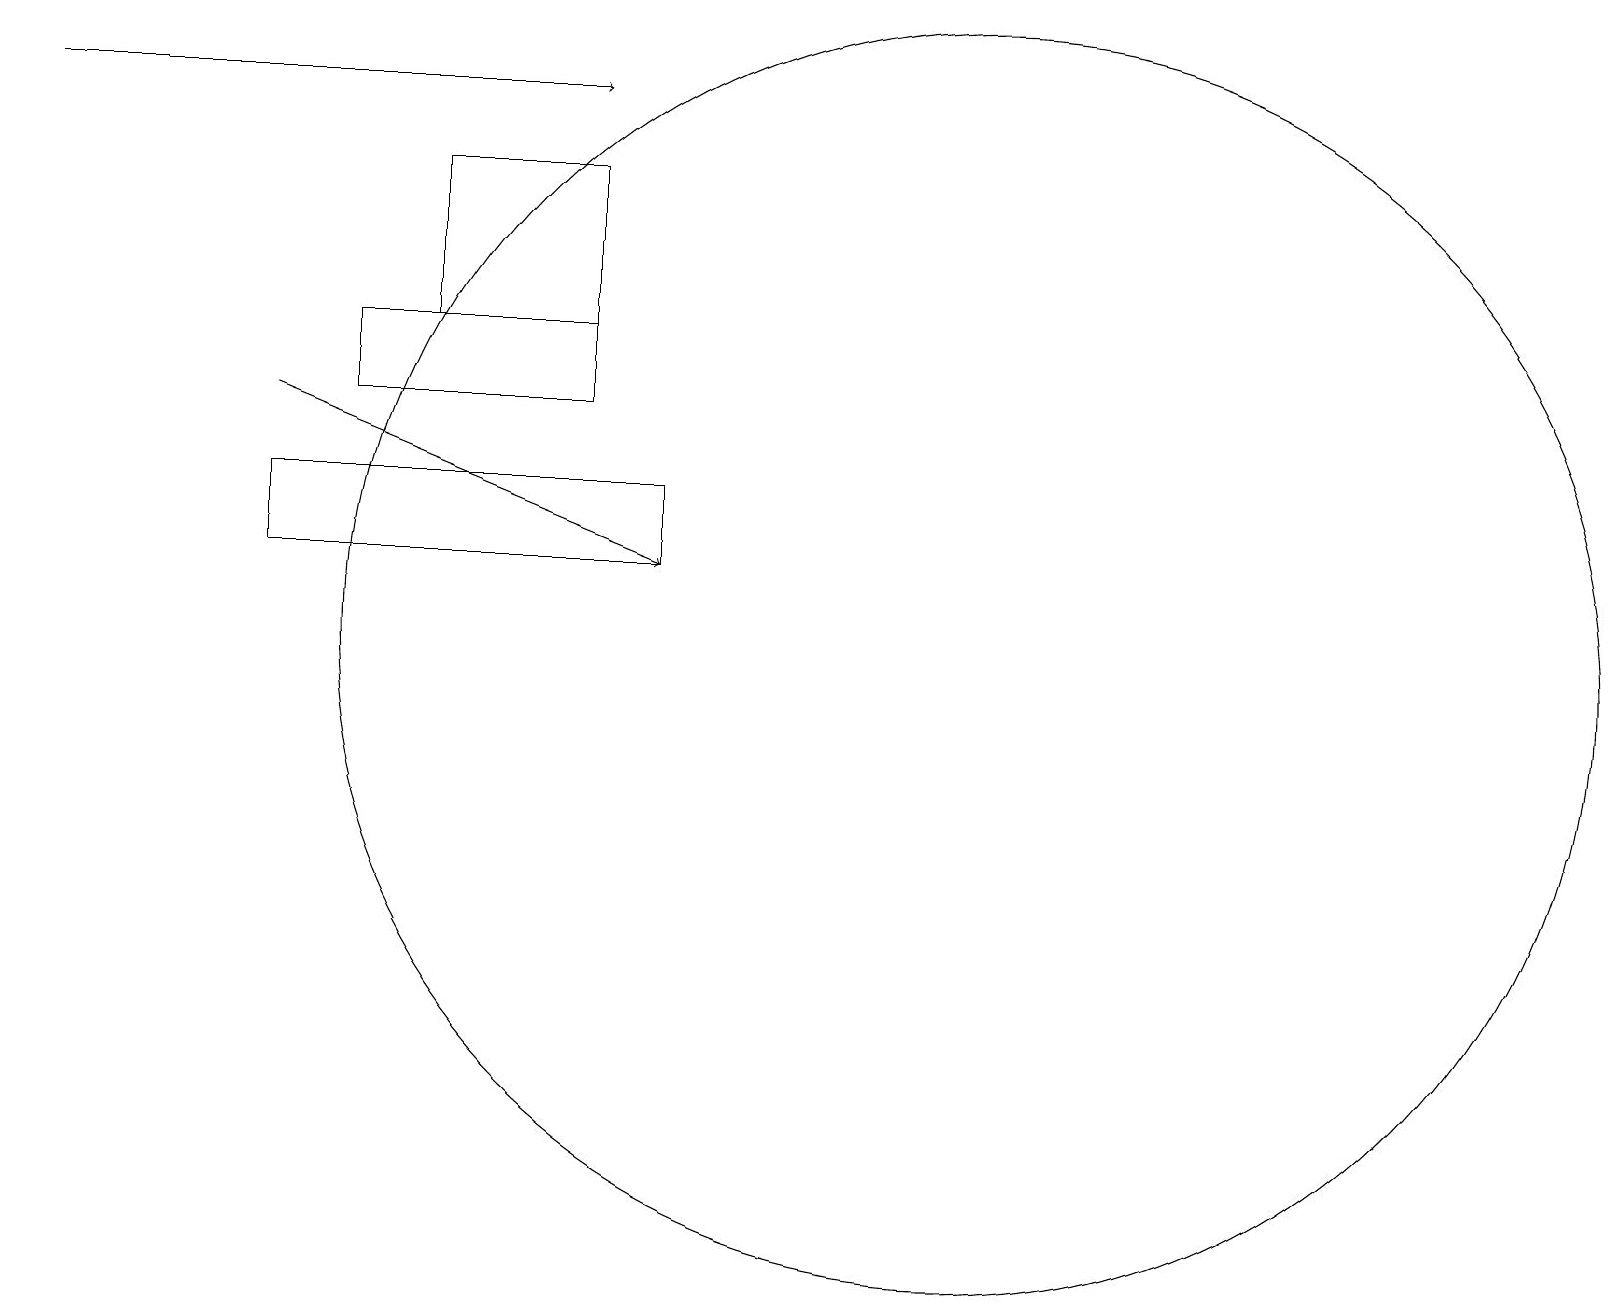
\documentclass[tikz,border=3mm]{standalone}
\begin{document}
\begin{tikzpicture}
\draw (12,11) circle (8);
\draw (4,15) rectangle (7,14);
\draw (5,17) rectangle (6,17);
\draw (8,12) rectangle (3,13);
\draw[->] (3,14) -- (8,12);
\draw (5,15) rectangle (7,17);
\draw[->] (0,18) -- (7,18);
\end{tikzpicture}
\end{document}